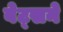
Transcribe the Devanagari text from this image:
बेट्सने